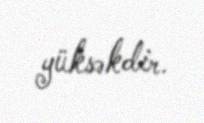
yüksəkdir.